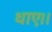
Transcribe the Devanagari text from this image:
धाए।।